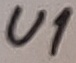
Text: U1